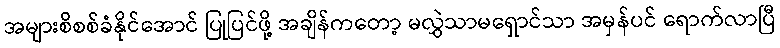
အများစိစစ်ခံနိုင်အောင် ပြုပြင်ဖို့ အချိန်ကတော့ မလွှဲသာမရှောင်သာ အမှန်ပင် ရောက်လာပြီ